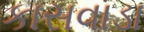
કાસવાડા